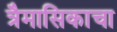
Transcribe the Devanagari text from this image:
त्रैमासिकाचा